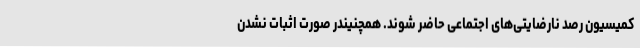
کمیسیون رصد نارضایتی‌های اجتماعی حاضر شوند. همچنیندر صورت اثبات نشدن